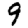
Digit: 9